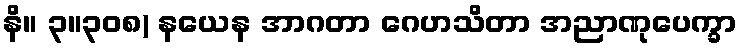
နိ။ ၃။၃၀၈) နယေန အာဂတာ ဂေဟသိတာ အညာဏုပေက္ခာ